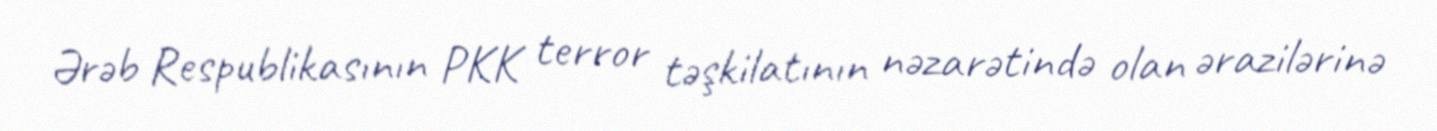
Ərəb Respublikasının PKK terror təşkilatının nəzarətində olan ərazilərinə